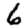
Digit: 6